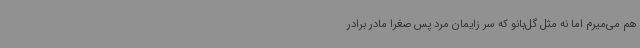
هم می‌میرم اما نه مثل گل‌بانو که سر زایمان مرد پس صغرا مادر برادر